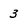
Character: 3